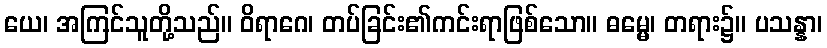
ယေ၊ အကြင်သူတို့သည်။ ဝိရာဂေ၊ တပ်ခြင်း၏ကင်းရာဖြစ်သော။ ဓမ္မေ၊ တရား၌။ ပသန္နာ၊